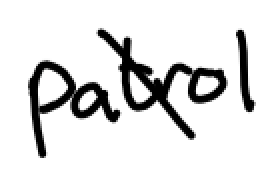
Text: patrol
Cross-out: diagonal
Writing tool: digital_black